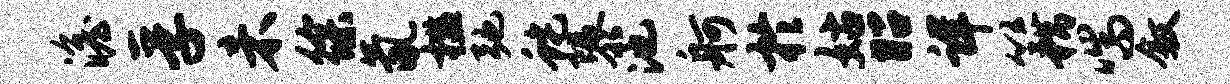
澹孚未徐氤槛弛蛇隳池舸於姑昭详籍喘叙